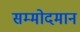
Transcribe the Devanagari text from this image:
सम्मोदमान